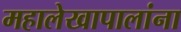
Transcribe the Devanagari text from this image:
महालेखापालांना